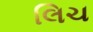
લિચ